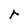
Character: r